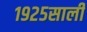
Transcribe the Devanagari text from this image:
१९२५साली